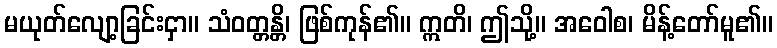
မယုတ်လျော့ခြင်းငှာ။ သံဝတ္တန္တိ၊ ဖြစ်ကုန်၏။ ဣတိ၊ ဤသို့။ အဝေါစ၊ မိန့်တော်မူ၏။